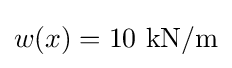
w(x)=10~{\textrm {kN}}/{\textrm {m}}